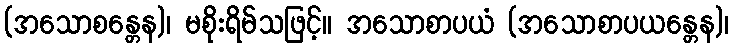
(အသောစန္တေန)၊ မစိုးရိမ်သဖြင့်။ အသောစာပယံ (အသောစာပယန္တေန)၊